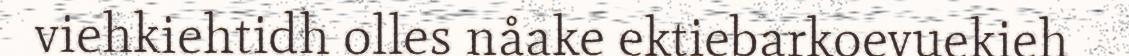
viehkiehtidh olles nåake ektiebarkoevuekieh